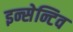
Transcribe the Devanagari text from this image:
इन्सेन्टिव